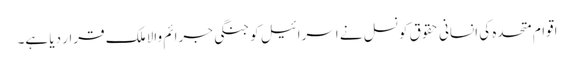
اقوام متحدہ کی انسانی حقوق کونسل نے اسرائیل کو جنگی جرائم والا ملک قرار دیا ہے۔